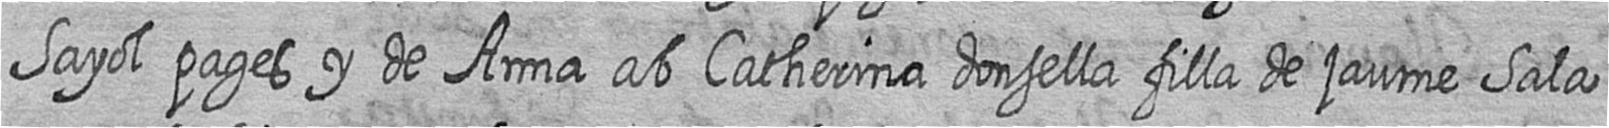
Sayol pages y de Anna ab Catherina donsella filla de jaume Sala